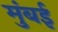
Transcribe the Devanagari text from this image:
मुंंबई